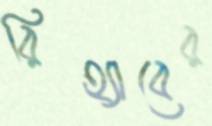
রিহ্যাবের